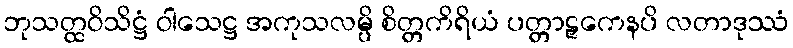
ဘုသတ္ထဝိသိဋ္ဌံ ဝါသေဋ္ဌ အကုသလမ္ပိ စိတ္တကိရိယံ ပတ္တာဠှကေနပိ လတာဒုဿံ